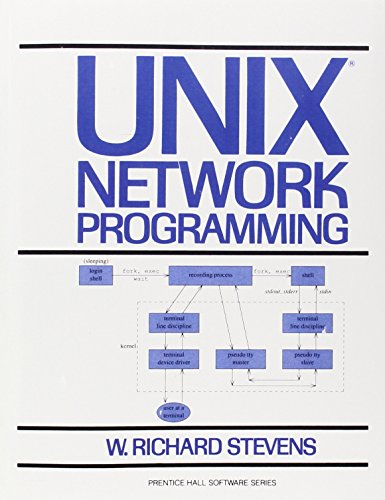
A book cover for UNIX Network Programming; W. Richard Stevens; Computers & Technology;